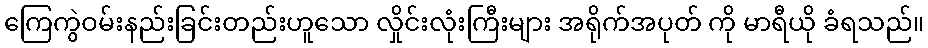
ကြေကွဲဝမ်းနည်းခြင်းတည်းဟူသော လှိုင်းလုံးကြီးများ အရိုက်အပုတ် ကို မာရီယို ခံရသည်။